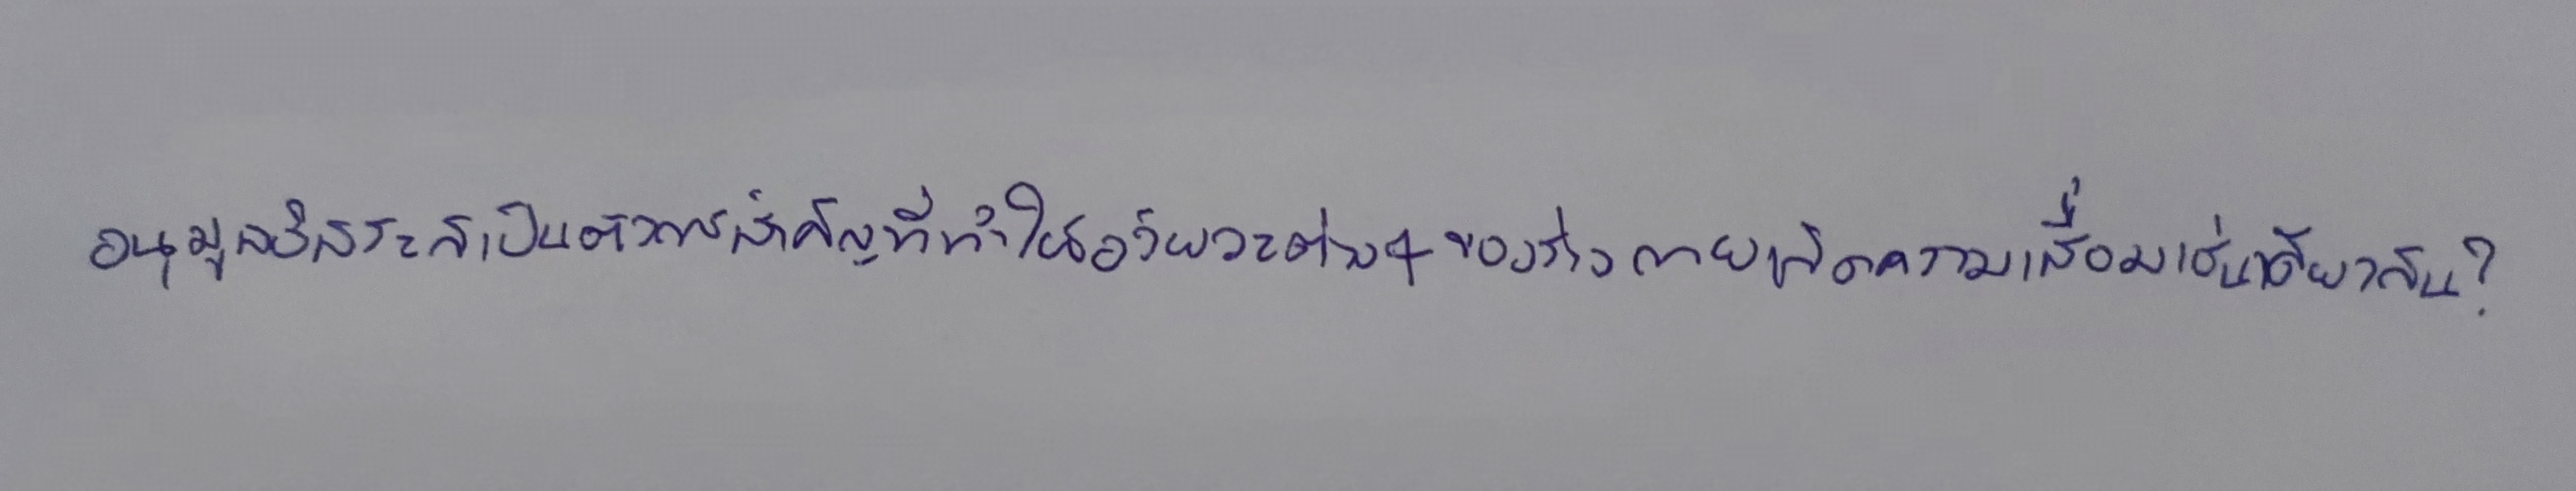
อนุมูลอิสระก็เป็นตัวการสำคัญที่ทำให้อวัยวะต่างๆของร่างกายเกิดความเสื่อมเช่นเดียวกัน?